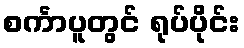
စင်္ကာပူတွင် ရုပ်ပိုင်း